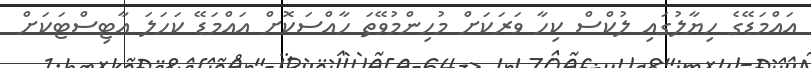
އައްމަޑޭގެ ހިޔާލުގައި ލުކްސް ކިހާ ވަރަކަށް މުހިންމުވޭތަ ހާއްސަކޮށް އައްމަޑޭ ކަހަލަ އާޓިސްޓަކަށް